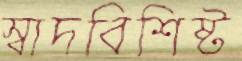
স্বাদবিশিষ্ট